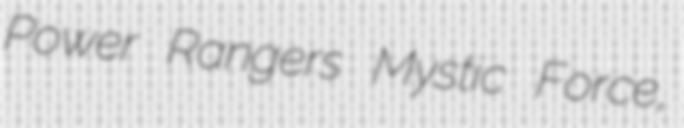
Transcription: Power Rangers Mystic Force,